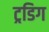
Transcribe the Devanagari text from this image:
ट्रडिग